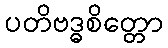
ပတိဗဒ္ဓစိတ္တော